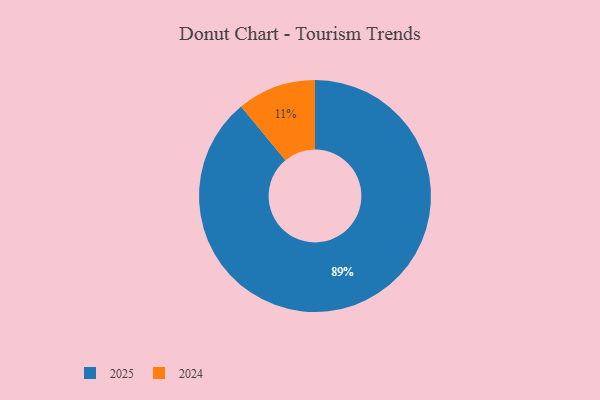
{"axis": {"x": "Category", "y": "Percentage"}, "legend": ["2024", "2025"], "data": [{"x": "2025", "y": 89, "type": "2025"}, {"x": "2024", "y": 11, "type": "2024"}]}